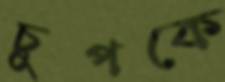
চুপকে